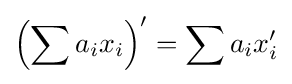
\left(\sum a_{i}x_{i}\right)'=\sum a_{i}x_{i}'